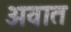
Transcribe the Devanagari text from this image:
अवात